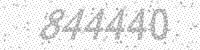
Solution: 844440